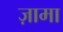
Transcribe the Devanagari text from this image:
ज़ामा